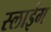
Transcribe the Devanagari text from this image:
स्लाईम